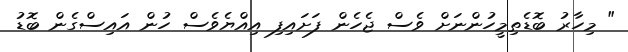
" މިހާރު ބޮޑެތިމީހުންނަށް ވެސް ޖެހެން ފަށައިފި އިއްޔެވެސް ހުން އައިސްގެން ބޮޑު